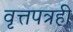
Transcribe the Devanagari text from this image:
वृत्तपत्रही